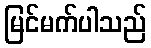
မြင်မက်ပါသည်